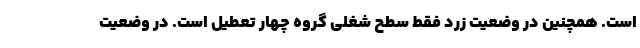
است. همچنین در وضعیت زرد فقط سطح شغلی گروه چهار تعطیل است. در وضعیت